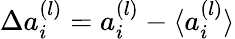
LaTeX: \Delta a_{i}^{(l)}=a_{i}^{(l)}-\langle{a_{i}^{(l)}}\rangle